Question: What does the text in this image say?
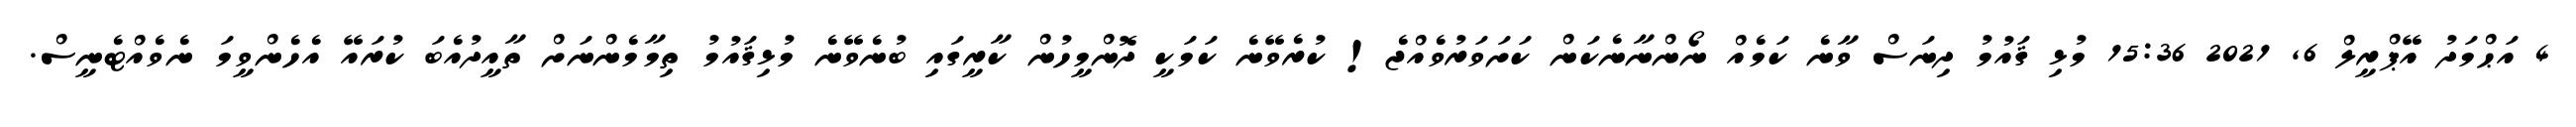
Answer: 4 އަޙްމަދު އޭޕްރީލް 6, 2021 15:36 މުޅި ޤައުމު ދިނަސް ވާނެ ކަމެއް ނޯންނާނެކަން ކަށަވަރުވެއްޖެ! ކުރެވޭނެ ކަމަކީ ދޮންމީހުން ކާރީގައި ބުނެވޭނެ މުޅިޤައުމު ތިމާމެންނަށް ތާއީދުއެބަ ކުރައޭ އެހެންވީމަ ނެވެއްޓެނީސް.